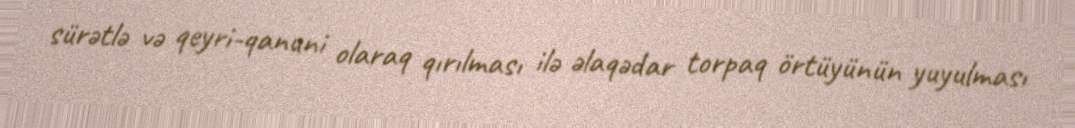
sürətlə və qeyri-qanuni olaraq qırılması ilə əlaqədar torpaq örtüyünün yuyulması